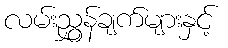
လမ်းညွှန်ချက်များနှင့်